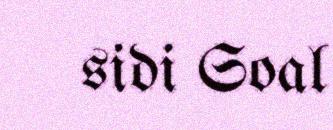
sidi Soal